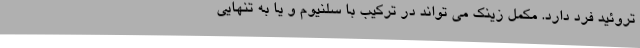
تروئید فرد دارد. مکمل زینک می تواند در ترکیب با سلنیوم و یا به تنهایی